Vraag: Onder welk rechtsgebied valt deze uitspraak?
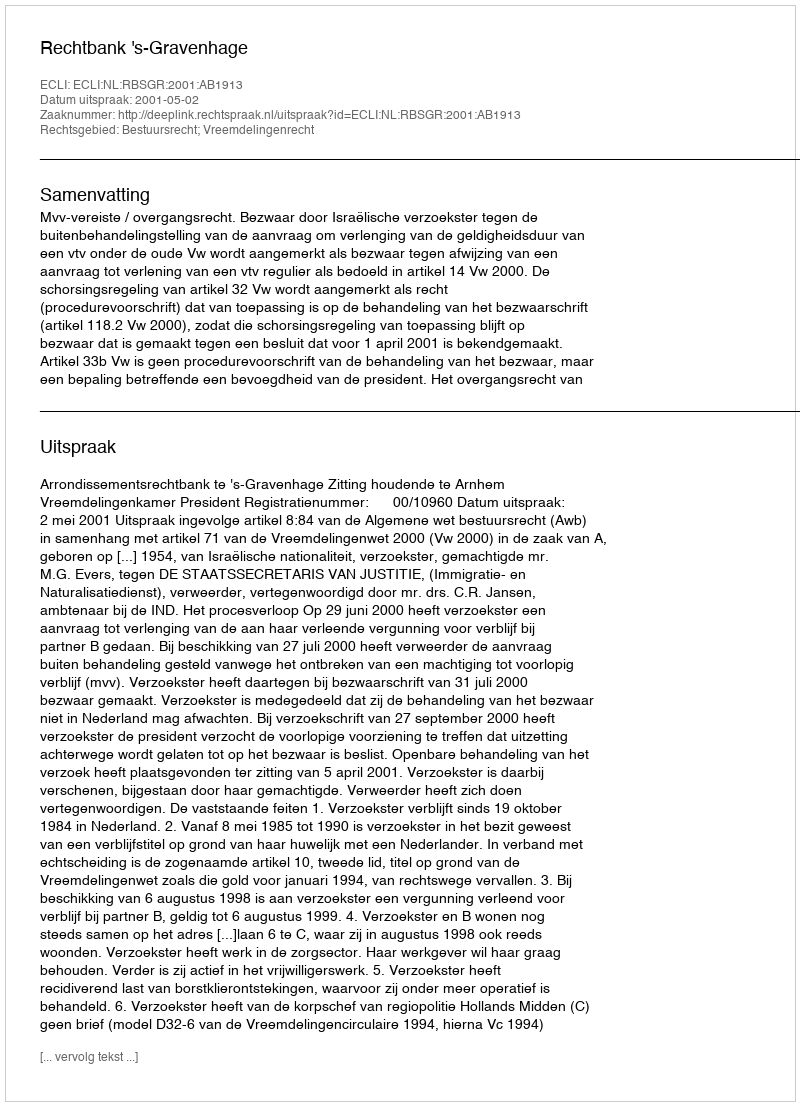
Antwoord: Bestuursrecht; Vreemdelingenrecht